Rangoon Lunatic Asylum 1878-1892 - 1878-1892
Year: 1878
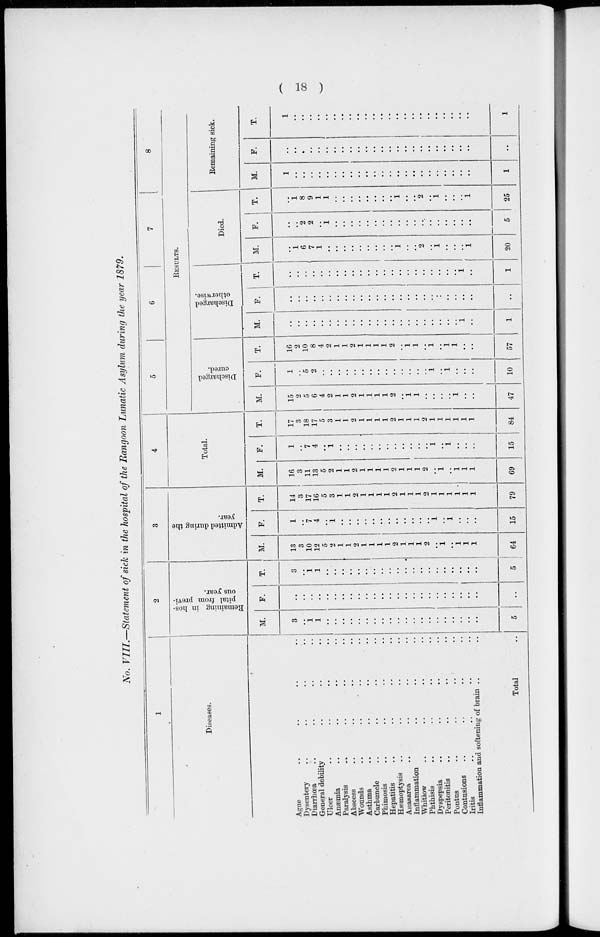
( 18 )
No. VIII.—Statement of sick in the hospital of the Rangoon Lunatic Asylum during the year 1879.
1
Diseases.
Ague .. .. .. ..
Dysentery .. .. .. ..
Diarrhœa .. .. .. ..
General debility .. .. .. ..
Ulcer .. .. .. ..
Anæmia .. .. .. ..
Paralysis .. .. .. ..
Abscess .. .. .. ..
Wounds
..
..
..
..
Asthma .. .. .. ..
Carbuncle .. .. .. ..
Phimosis .. .. .. ..
Hepatitis .. .. .. ..
Hæmoptysis .. .. .. ..
Anasarca .. .. .. ..
Inflammation .. .. .. ..
Whitiow .. .. .. ..
Phthisis .. .. .. ..
Dyspepsia .. .. .. ..
Peritonitis .. .. .. ..
Pontus .. .. .. ..
Contusions .. .. .. ..
Iritis .. .. .. ..
Inflammation and softening of brain
Total ..
2
Remaining in hos-
pital from previ-
ous year.
M.
3
..
1
1
..
..
..
..
..
..
..
..
..
..
..
..
..
..
..
..
..
..
..
..
5
F.
..
..
..
..
..
..
..
..
..
..
..
..
..
..
...
..
..
..
..
..
..
..
..
..
..
T.
3
..
1
1
..
..
..
..
..
..
..
..
..
..
..
..
..
..
..
..
..
..
..
..
5
3
Admitted during the
year.
M.
13
3
10
12
5
2
1
1
2
1
1
1
1
2
1
1
1
2
..
1
..
1
1
1
64
F.
1
..
7
4
..
1
..
..
..
..
..
..
..
..
..
..
..
..
1
..
..
..
..
..
15
T.
14
3
17
16
5
3
1
1
2
1
1
1
1
2
1
1
1
2
1
1
1
1
1
1
79
4
Total.
M.
16
3
11
13
5
2
1
1
2
1
1
1
1
2
1
1
1
2
..
1
..
1
1
1
69
F.
1
..
7
4
..
1
..
..
..
..
..
..
..
..
..
..
..
..
1
..
1
..
..
..
15
T.
17
3
18
17
5
3
1
1
2
1
1
1
1
2
1
1
1
2
1
1
1
1
1
1
84
5
6
7
8
RESULTS.
Discharged
cured.
M.
15
2
5
6
4
2
1
1
2
1
1
1
1
2
..
1
1
..
..
..
..
1
..
..
47
F.
1
..
5
2
..
..
..
..
..
..
..
..
..
..
..
..
..
..
..
..
..
..
..
..
10
T.
16
2
10
8
4
2
1
1
2
1
1
1
1
2
..
1
1
..
1
1
1
..
..
57
Discharged
otherwise.
M.
..
..
..
..
..
..
..
..
..
..
..
..
..
..
..
..
..
..
..
..
..
..
1
..
1
F.
..
..
..
..
..
..
..
..
..
..
..
..
..
..
..
..
..
..
..
..
..
..
..
..
..
T.
..
..
..
..
..
..
..
..
..
..
..
..
..
..
..
..
..
..
..
..
..
..
1
..
1
Died.
M.
..
1
6
7
1
..
..
..
..
..
..
..
..
..
..
..
..
2
..
1
..
..
..
1
20
F.
..
..
2
2
..
1
..
..
..
..
..
..
..
..
..
..
..
..
..
..
..
..
..
..
5
T.
..
1 8
9
1
1
..
..
..
..
..
..
..
..
..
..
..
2
..
1
..
..
..
1
25
Remaining sick.
M.
1
..
..
..
..
..
..
..
..
..
..
..
..
..
..
..
..
..
..
..
..
..
..
..
1
F.
..
..
..
..
..
..
..
..
..
..
..
..
..
..
..
..
..
..
..
..
..
..
..
..
..
T.
1
..
..
..
..
..
..
..
..
..
..
..
..
..
..
..
..
..
..
..
..
..
..
..
1